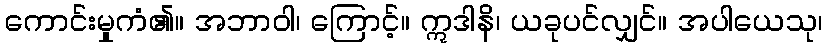
ကောင်းမှုကံ၏။ အဘာဝါ၊ ကြောင့်။ ဣဒါနိ၊ ယခုပင်လျှင်။ အပါယေသု၊